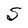
Character: S